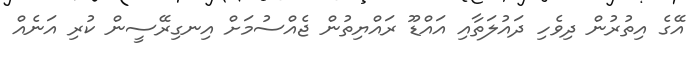
އޭގެ އިތުރުން ދިވެހި ދައުލަތާއި އައްޑޫ ރައްޔިތުން ޖެއްސުމަށް އިނގިރޭސީން ކުރި އަނެއް